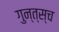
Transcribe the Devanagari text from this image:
गुन्त्स्च